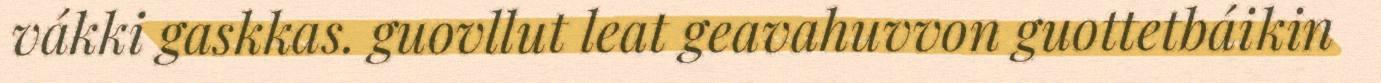
vákki gaskkas. guovllut leat geavahuvvon guottetbáikin